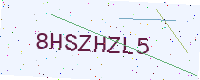
Text: 8HSZHZL5